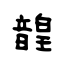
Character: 韹